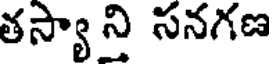
తస్యాని సనగణ